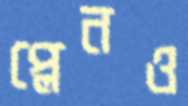
প্লেনও